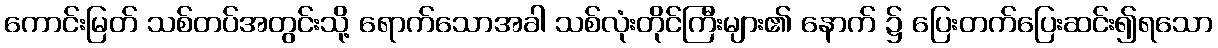
ကောင်းမြတ် သစ်တပ်အတွင်းသို့ ရောက်သောအခါ သစ်လုံးတိုင်ကြီးများ၏ နောက် ၌ ပြေးတက်ပြေးဆင်း၍ရသော